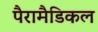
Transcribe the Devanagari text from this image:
पैरामैडिकल